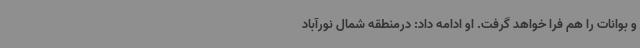
و بوانات را هم فرا خواهد گرفت. او ادامه داد: درمنطقه شمال نورآباد